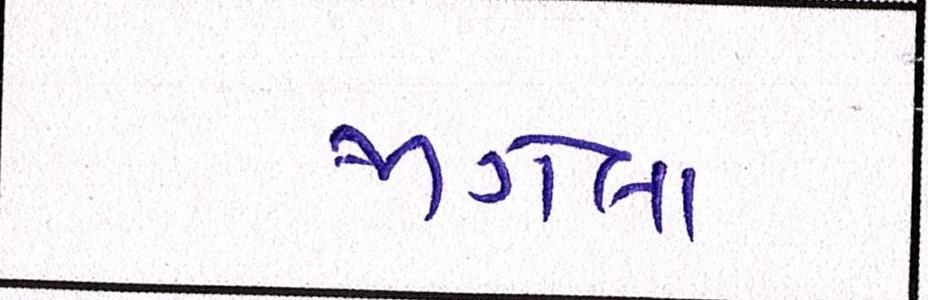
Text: જાગેલા